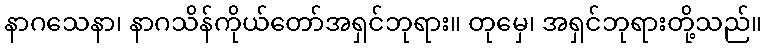
နာဂသေနာ၊ နာဂသိန်ကိုယ်တော်အရှင်ဘုရား။ တုမှေ၊ အရှင်ဘုရားတို့သည်။